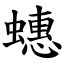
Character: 蟪